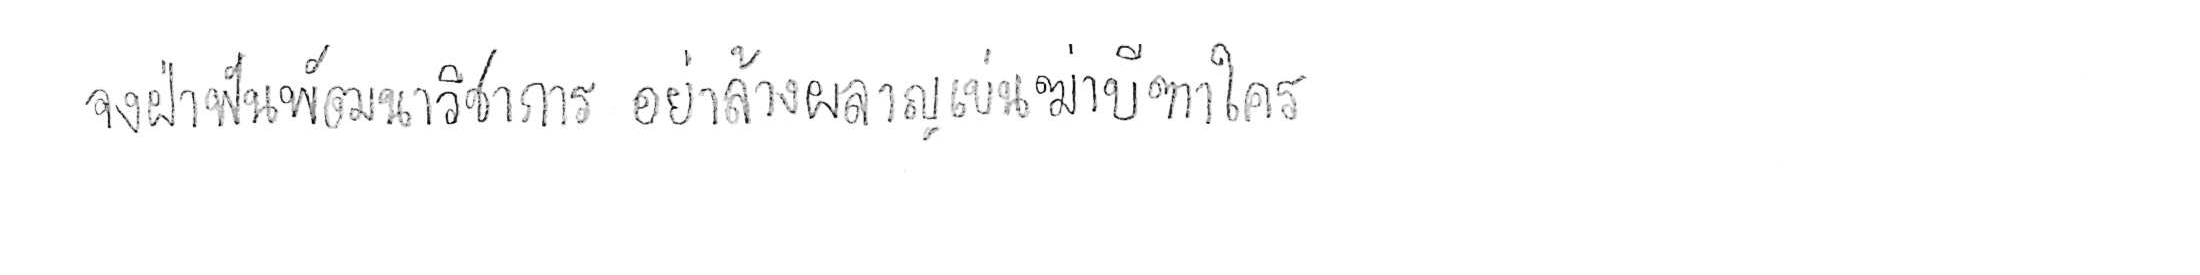
จงฝ่าฟันพัฒนาวิชาการ อย่าล้างผลาญฤๅเข่นฆ่าบีฑาใคร